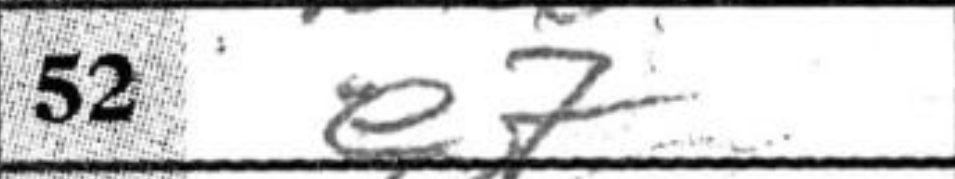
Transcription: e7